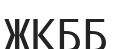
ЖКББ